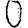
Digit: 0